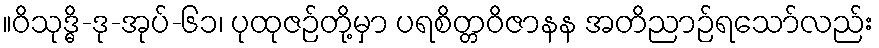
။ဝိသုဒ္ဓိ-ဒု-အုပ်-၆၁၊ ပုထုဇဉ်တို့မှာ ပရစိတ္တဝိဇာနန အတိညာဉ်ရသော်လည်း